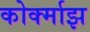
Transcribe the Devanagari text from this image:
कोर्क्माझ